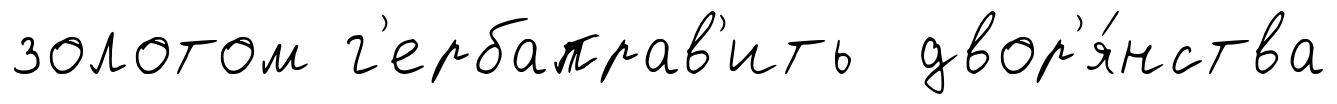
золотом г'ербаправ'ить двор'я́нства